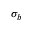
\sigma _ { b }